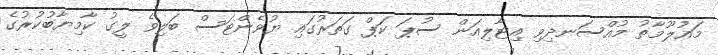
މައުލޫމާތު މުއްސަނދިވި އިޓާލިއަން ސުޕަ ކަޕް ގަތަރުގައި ޔުވެންޓަސް ބަލިވެ ލީގު ކާމިޔާބުކުރުގެ